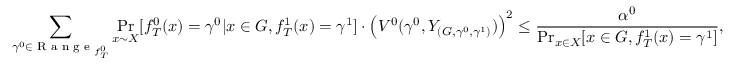
\sum _ { \gamma ^ { 0 } \in \textrm { R a n g e } _ { f _ { T } ^ { 0 } } } \operatorname* { P r } _ { x \sim X } [ f _ { T } ^ { 0 } ( x ) = \gamma ^ { 0 } | x \in G , f _ { T } ^ { 1 } ( x ) = \gamma ^ { 1 } ] \cdot \left( V ^ { 0 } ( \gamma ^ { 0 } , Y _ { ( G , \gamma ^ { 0 } , \gamma ^ { 1 } ) } ) \right) ^ { 2 } \leq \frac { \alpha ^ { 0 } } { \operatorname* { P r } _ { x \in X } [ x \in G , f _ { T } ^ { 1 } ( x ) = \gamma ^ { 1 } ] } ,